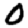
Digit: 0